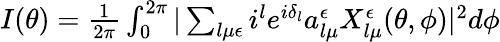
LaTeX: \begin{array}{r}{I(\theta)=\frac{1}{2\pi}\int_{0}^{2\pi}\vert\sum_{l\mu\epsilon}i^{l}e^{i\delta_{l}}a_{l\mu}^{\epsilon}X_{l\mu}^{\epsilon}(\theta,\phi)\vert^{2}d\phi}\end{array}